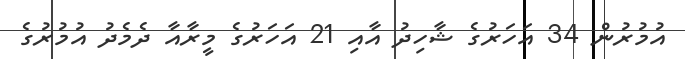
އުމުރުން 34 އަހަރުގެ ޝާހިދު އާއި 21 އަހަރުގެ މީރާއާ ދެމެދު އުމުރުގެ